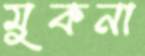
মুকনা